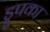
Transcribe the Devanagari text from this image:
ड्रुपका